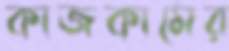
কাজকামের